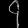
Digit: ၄